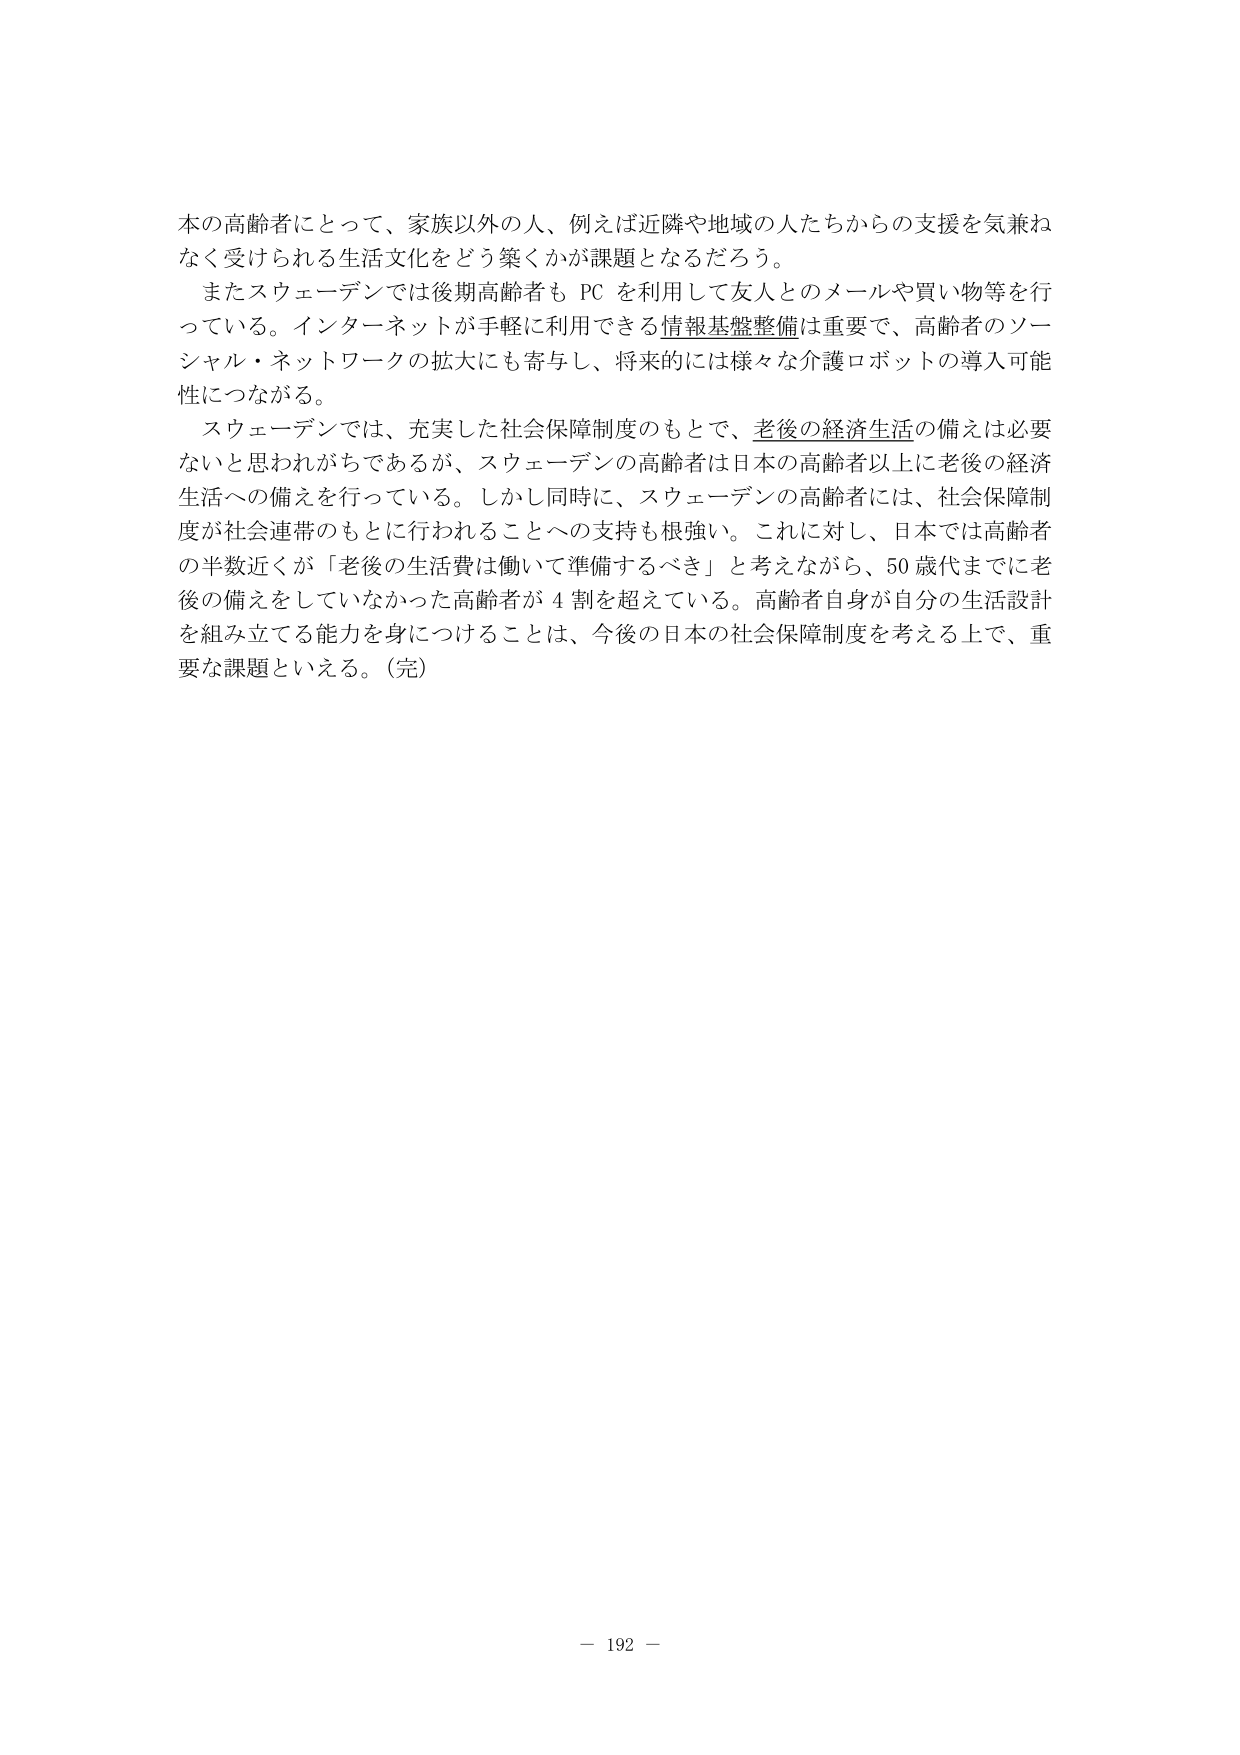
本の高齢者にとって、家族以外の人、例えば近隣や地域の人たちからの支援を気兼ねなく受けられる生活文化をどう築くかが課題となるだろう。

またスウェーデンでは後期高齢者も PC を利用して友人とのメールや買い物等を行っている。インターネットが手軽に利用できる情報基盤整備は重要で、高齢者のソーシャル・ネットワークの拡大にも寄与し、将来的には様々な介護ロボットの導入可能性につながる。

スウェーデンでは、充実した社会保障制度のもとで、老後の経済生活の備えは必要ないと思われがちであるが、スウェーデンの高齢者は日本の高齢者以上に老後の経済生活への備えを行っている。しかし同時に、スウェーデンの高齢者には、社会保障制度が社会連帯のもとに行われることへの支持も根強い。これに対し、日本では高齢者の半数近くが「老後の生活費は働いて準備するべき」と考えながら、50 歳代までに老後の備えをしていなかった高齢者が 4 割を超えている。高齢者自身が自分の生活設計を組み立てる能力を身につけることは、今後の日本の社会保障制度を考える上で、重要な課題といえる。（完）

－ 192 －